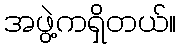
အဖွဲ့ကရှိတယ်။